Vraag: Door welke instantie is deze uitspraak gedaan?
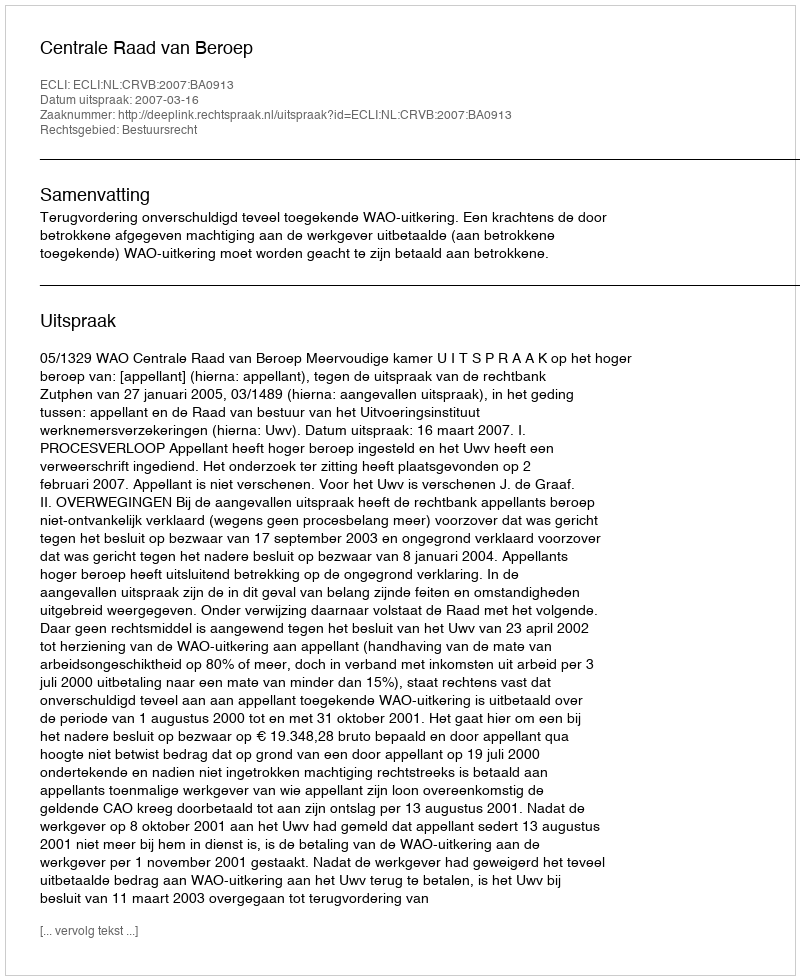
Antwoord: Centrale Raad van Beroep